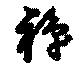
禅